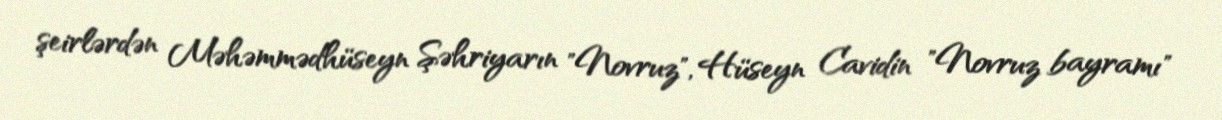
şeirlərdən Məhəmmədhüseyn Şəhriyarın "Novruz", Hüseyn Cavidin "Novruz bayramı"